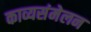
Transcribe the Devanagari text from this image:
काव्यसंमेलन